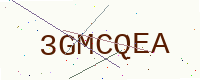
Text: 3GMCQEA